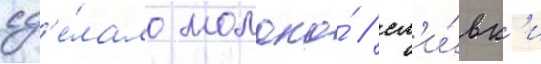
сд'е́лало молоко́ / сл'и́вк'и